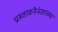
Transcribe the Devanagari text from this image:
प्रस्तावनेनंतरच्या